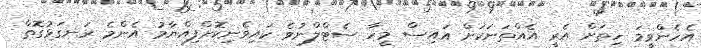
އެހެންވީމަ ހިތަށް އެރީ އެއްތަނަކަށް އައިސް މީހާ ސެޓްލްނުވެ ކައިވެނިކޮށްފިއްޔާމު އެންމެ ރަނގަޅުގޮތް